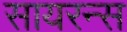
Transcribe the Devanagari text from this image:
सायरन्स